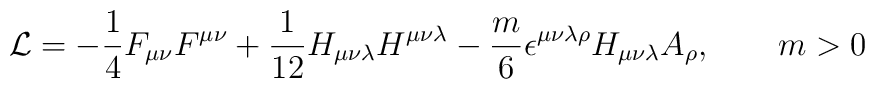
{\cal L} = -\frac{1}{4}F_{\mu \nu}F^{\mu \nu} + \frac{1}{12}H_{\mu \nu \lambda}H^{\mu \nu \lambda} - \frac{m}{6}\epsilon^{\mu \nu \lambda \rho} H_{\mu \nu \lambda} A_{\rho}, ~~~~~~m > 0